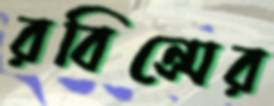
রবিন্সের